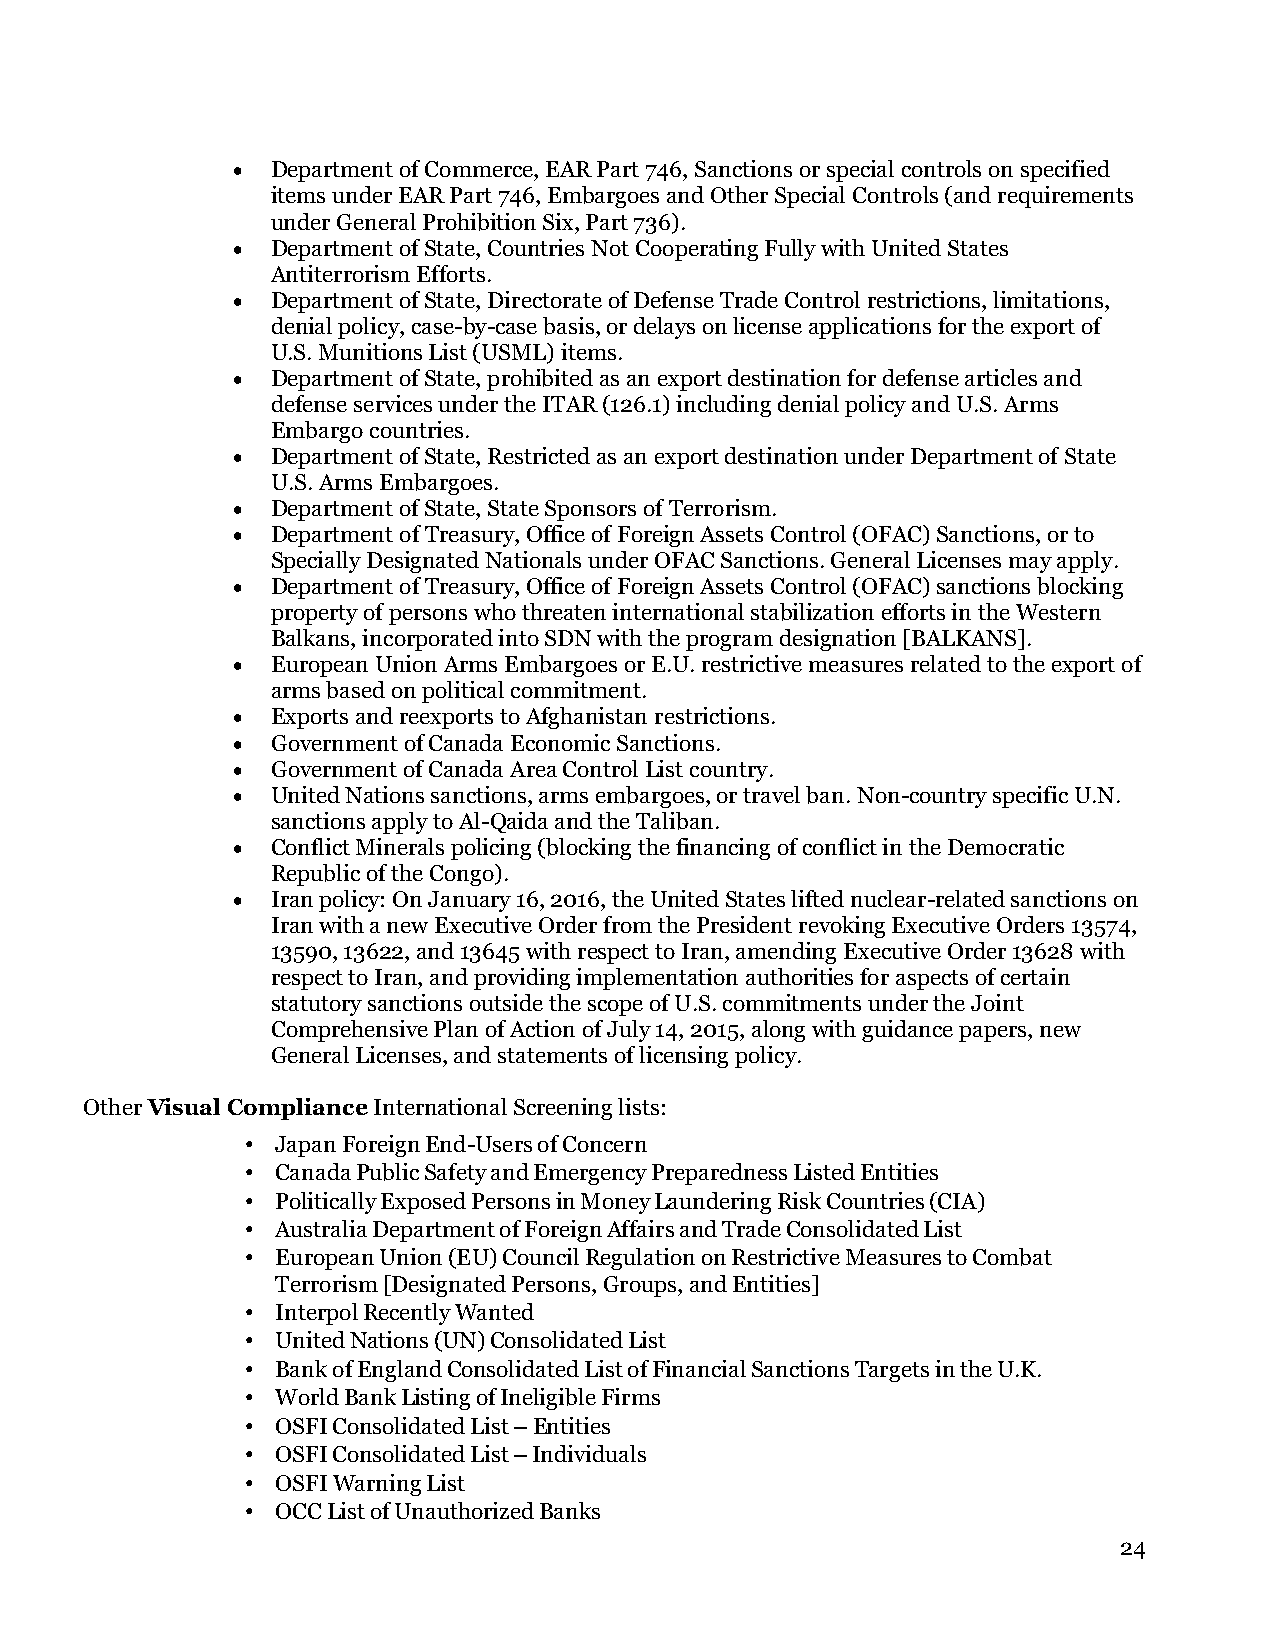
•  Department of Commerce, EAR Part 746, Sanctions or special controls on specified
 items under EAR Part 746, Embargoes and Other Special Controls (and requirements
 under General Prohibition Six, Part 736).
 •  Department of State, Countries Not Cooperating Fully with United States
 Antiterrorism Efforts.
 •  Department of State, Directorate of Defense Trade Control restrictions, limitations,
 denial policy, case-by-case basis, or delays on license applications for the export of
 U.S. Munitions List (USML) items.
 •  Department of State, prohibited as an export destination for defense articles and
 defense services under the ITAR (126.1) including denial policy and U.S. Arms
 Embargo countries.
 •  Department of State, Restricted as an export destination under Department of State
 U.S. Arms Embargoes.
 •  Department of State, State Sponsors of Terrorism.
 •  Department of Treasury, Office of Foreign Assets Control (OFAC) Sanctions, or to
 Specially Designated Nationals under OFAC Sanctions. General Licenses may apply.
 •  Department of Treasury, Office of Foreign Assets Control (OFAC) sanctions blocking
 property of persons who threaten international stabilization efforts in the Western
 Balkans, incorporated into SDN with the program designation [BALKANS].
 •  European Union Arms Embargoes or E.U. restrictive measures related to the export of
 arms based on political commitment.
 •  Exports and reexports to Afghanistan restrictions.
 •  Government of Canada Economic Sanctions.
 •  Government of Canada Area Control List country.
 •  United Nations sanctions, arms embargoes, or travel ban. Non-country specific U.N.
 sanctions apply to Al-Qaida and the Taliban.
 •  Conflict Minerals policing (blocking the financing of conflict in the Democratic
 Republic of the Congo).
 •  Iran policy: On January 16, 2016, the United States lifted nuclear-related sanctions on
 Iran with a new Executive Order from the President revoking Executive Orders 13574,
 13590, 13622, and 13645 with respect to Iran, amending Executive Order 13628 with
 respect to Iran, and providing implementation authorities for aspects of certain
 statutory sanctions outside the scope of U.S. commitments under the Joint
 Comprehensive Plan of Action of July 14, 2015, along with guidance papers, new
 General Licenses, and statements of licensing policy.
 Other Visual Compliance International Screening lists:
 • Japan Foreign End-Users of Concern
 • Canada Public Safety and Emergency Preparedness Listed Entities
 • Politically Exposed Persons in Money Laundering Risk Countries (CIA)
 • Australia Department of Foreign Affairs and Trade Consolidated List
 • European Union (EU) Council Regulation on Restrictive Measures to Combat
 Terrorism [Designated Persons, Groups, and Entities]
 • Interpol Recently Wanted
 • United Nations (UN) Consolidated List
 • Bank of England Consolidated List of Financial Sanctions Targets in the U.K.
 • World Bank Listing of Ineligible Firms
 • OSFI Consolidated List – Entities
 • OSFI Consolidated List – Individuals
 • OSFI Warning List
 • OCC List of Unauthorized Banks
 24